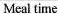
Meal time